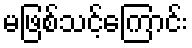
မဖြစ်သင့်ကြောင်း